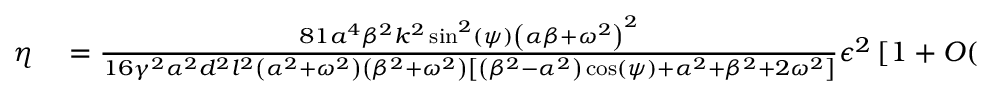
\begin{array} { r l } { \eta } & { { } = \frac { 8 1 a ^ { 4 } \beta ^ { 2 } k ^ { 2 } \sin ^ { 2 } ( \psi ) \left( \alpha \beta + \omega ^ { 2 } \right) ^ { 2 } } { 1 6 \gamma ^ { 2 } \alpha ^ { 2 } d ^ { 2 } l ^ { 2 } \left( \alpha ^ { 2 } + \omega ^ { 2 } \right) \left( \beta ^ { 2 } + \omega ^ { 2 } \right) \left[ \left( \beta ^ { 2 } - \alpha ^ { 2 } \right) \cos ( \psi ) + \alpha ^ { 2 } + \beta ^ { 2 } + 2 \omega ^ { 2 } \right] } \epsilon ^ { 2 } \left[ 1 + O ( \epsilon ) \right] . } \end{array}